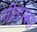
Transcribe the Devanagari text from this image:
गीताम्बरा